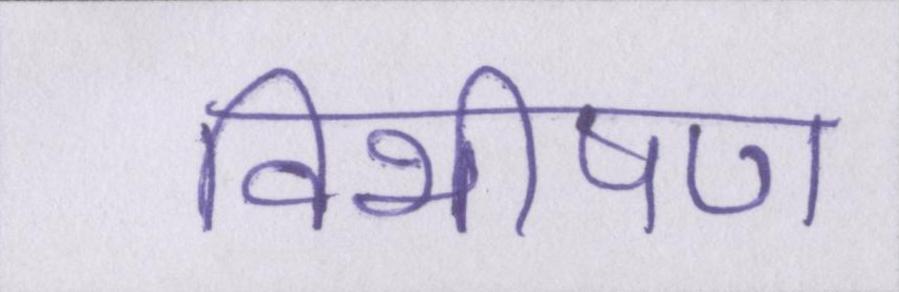
विभीषण